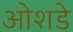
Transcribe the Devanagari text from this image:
ओशडे